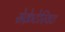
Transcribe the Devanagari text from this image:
सेक्रेटेरियट